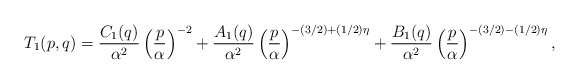
\begin{align*}T_1(p,q)={C_1(q)\over\alpha^2}\left({p\over\alpha}\right)^{-2}+{A_1(q)\over\alpha^2}\left({p\over\alpha}\right)^{-(3/2)+(1/2)\eta}+{B_1(q)\over\alpha^2}\left({p\over\alpha}\right)^{-(3/2)-(1/2)\eta},\end{align*}